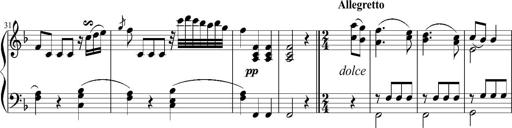
Title: 12 Sonatinas for Piano
Composer: Johann Baptist Vanhal